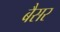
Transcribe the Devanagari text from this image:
बैसर